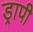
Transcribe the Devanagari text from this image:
ड्रापी